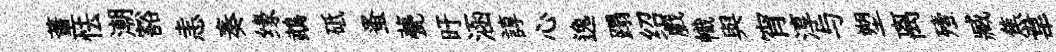
董怯潮豁恚奏缘鵡砥蚤甍旴涵諄心逸蹋绍戲幟與宵淳与塑离殪臧焦韋